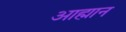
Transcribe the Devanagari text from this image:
आह्मान